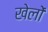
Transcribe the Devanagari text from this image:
खेलोें